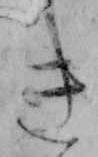
き